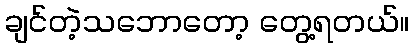
ချင်တဲ့သဘောတော့ တွေ့ရတယ်။